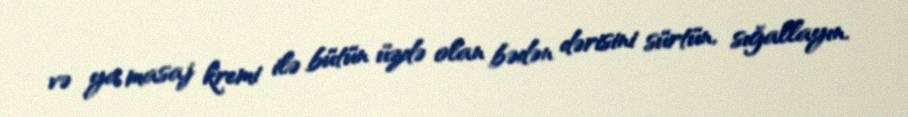
və ya masaj kremi ilə bütün üzdə olan bədən dərisini sürtün, sığallayın.